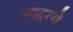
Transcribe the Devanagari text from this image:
ड्यूट्स्चे